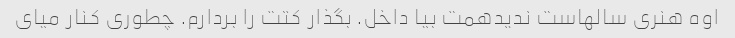
اوه هنری سالهاست ندیدهمت بیا داخل. بگذار کتت را بردارم. چطوری کنار میای